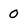
Character: 0